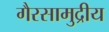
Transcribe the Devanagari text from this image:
गैरसामुद्रीय